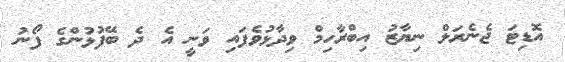
އޮޑިޓަ ޖެނެރަލް ނިޔާޒު އިބްރާހިމް ވިދާޅުވެފައި ވަނީ އެ ދެ ބޭފުޅުންގެ ފޯނު